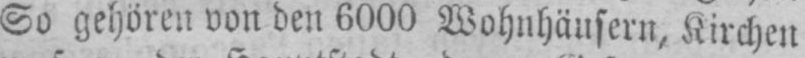
So gehören von den 6000 Wohnhäusern, Kirchen